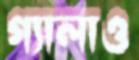
গ্যালাও